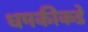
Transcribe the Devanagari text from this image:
धमकीकडे